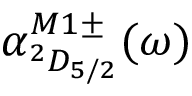
\alpha _ { ^ 2 D _ { 5 / 2 } } ^ { M 1 \pm } ( \omega )